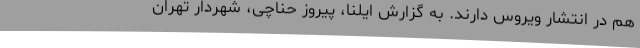
هم در انتشار ویروس دارند. به گزارش ایلنا، پیروز حناچی، شهردار تهران